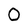
Character: O